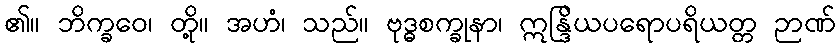
၏။ ဘိက္ခဝေ၊ တို့။ အဟံ၊ သည်။ ဗုဒ္ဓစက္ခုနာ၊ ဣန္ဒြိယပရောပရိယတ္တ ဉာဏ်